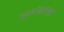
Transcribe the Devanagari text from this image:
मकरंजनगर